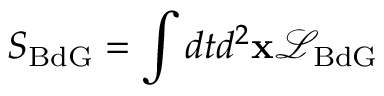
S _ { \mathrm { B d G } } = \int d t d ^ { 2 } \mathbf { x } \mathcal { L } _ { \mathrm { B d G } }